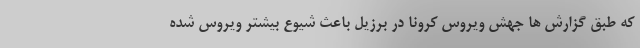
که طبق گزارش ها جهش ویروس کرونا در برزیل باعث شیوع بیشتر ویروس شده